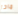
ماذا